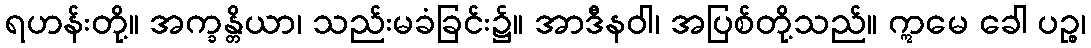
ရဟန်းတို့။ အက္ခန္တိယာ၊ သည်းမခံခြင်း၌။ အာဒီနဝါ၊ အပြစ်တို့သည်။ ဣမေ ခေါ ပဉ္စ၊